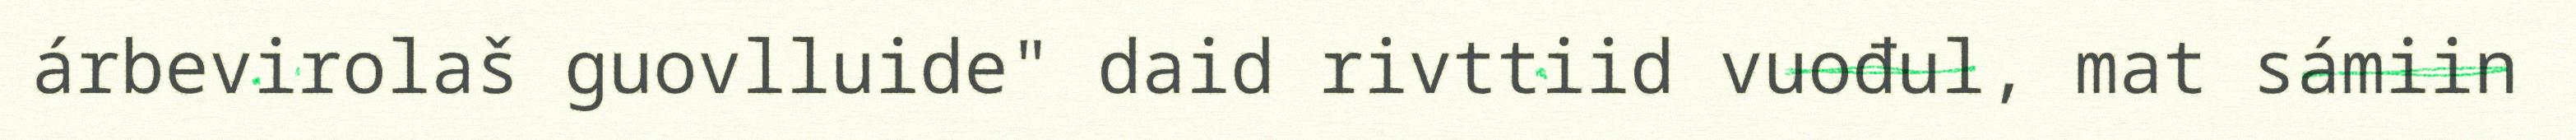
árbevirolaš guovlluide" daid rivttiid vuođul, mat sámiin